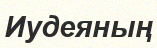
Иудеяның